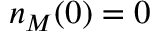
n _ { M } ( 0 ) = 0